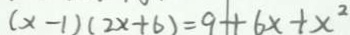
( x - 1 ) ( 2 x + 6 ) = 9 + 6 x + x ^ { 2 }